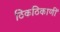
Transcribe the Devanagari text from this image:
ठिकठिकाणीं